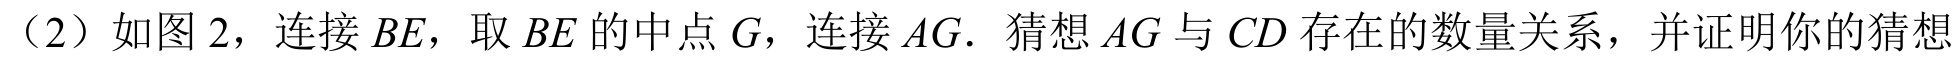
（2）如图 2，连接\(BE\)，取\(BE\)的中点\(G\)，连接\(AG\). 猜想\(AG\)与\(CD\)存在的数量关系，并证明你的猜想